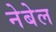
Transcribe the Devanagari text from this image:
नेबेल